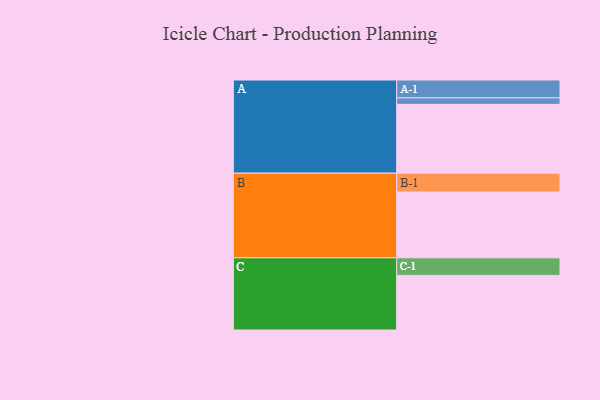
{"axis": {"x": "Segment", "y": "Value"}, "legend": ["", "A", "B", "C"], "data": [{"x": "A", "y": 574, "type": ""}, {"x": "B", "y": 548, "type": ""}, {"x": "C", "y": 455, "type": ""}, {"x": "A-1", "y": 149, "type": "A"}, {"x": "A-2", "y": 54, "type": "A"}, {"x": "B-1", "y": 157, "type": "B"}, {"x": "C-1", "y": 147, "type": "C"}]}